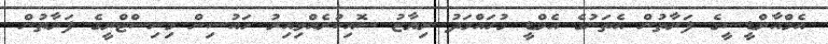
އެމްއާރްޑީސީގެ ފަރާތުން އެތަނުގެ އެމްޑީ މުހައްމަދު ރިޔާޒު ސޮއިކުރެއްވިއިރު ހައުސިން މިނިސްޓްރީގެ ފަރާތުން